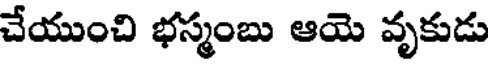
చేయుంచి భస్మంబు ఆయె వృకుడు